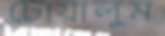
চোয়ালুম